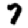
Digit: 7